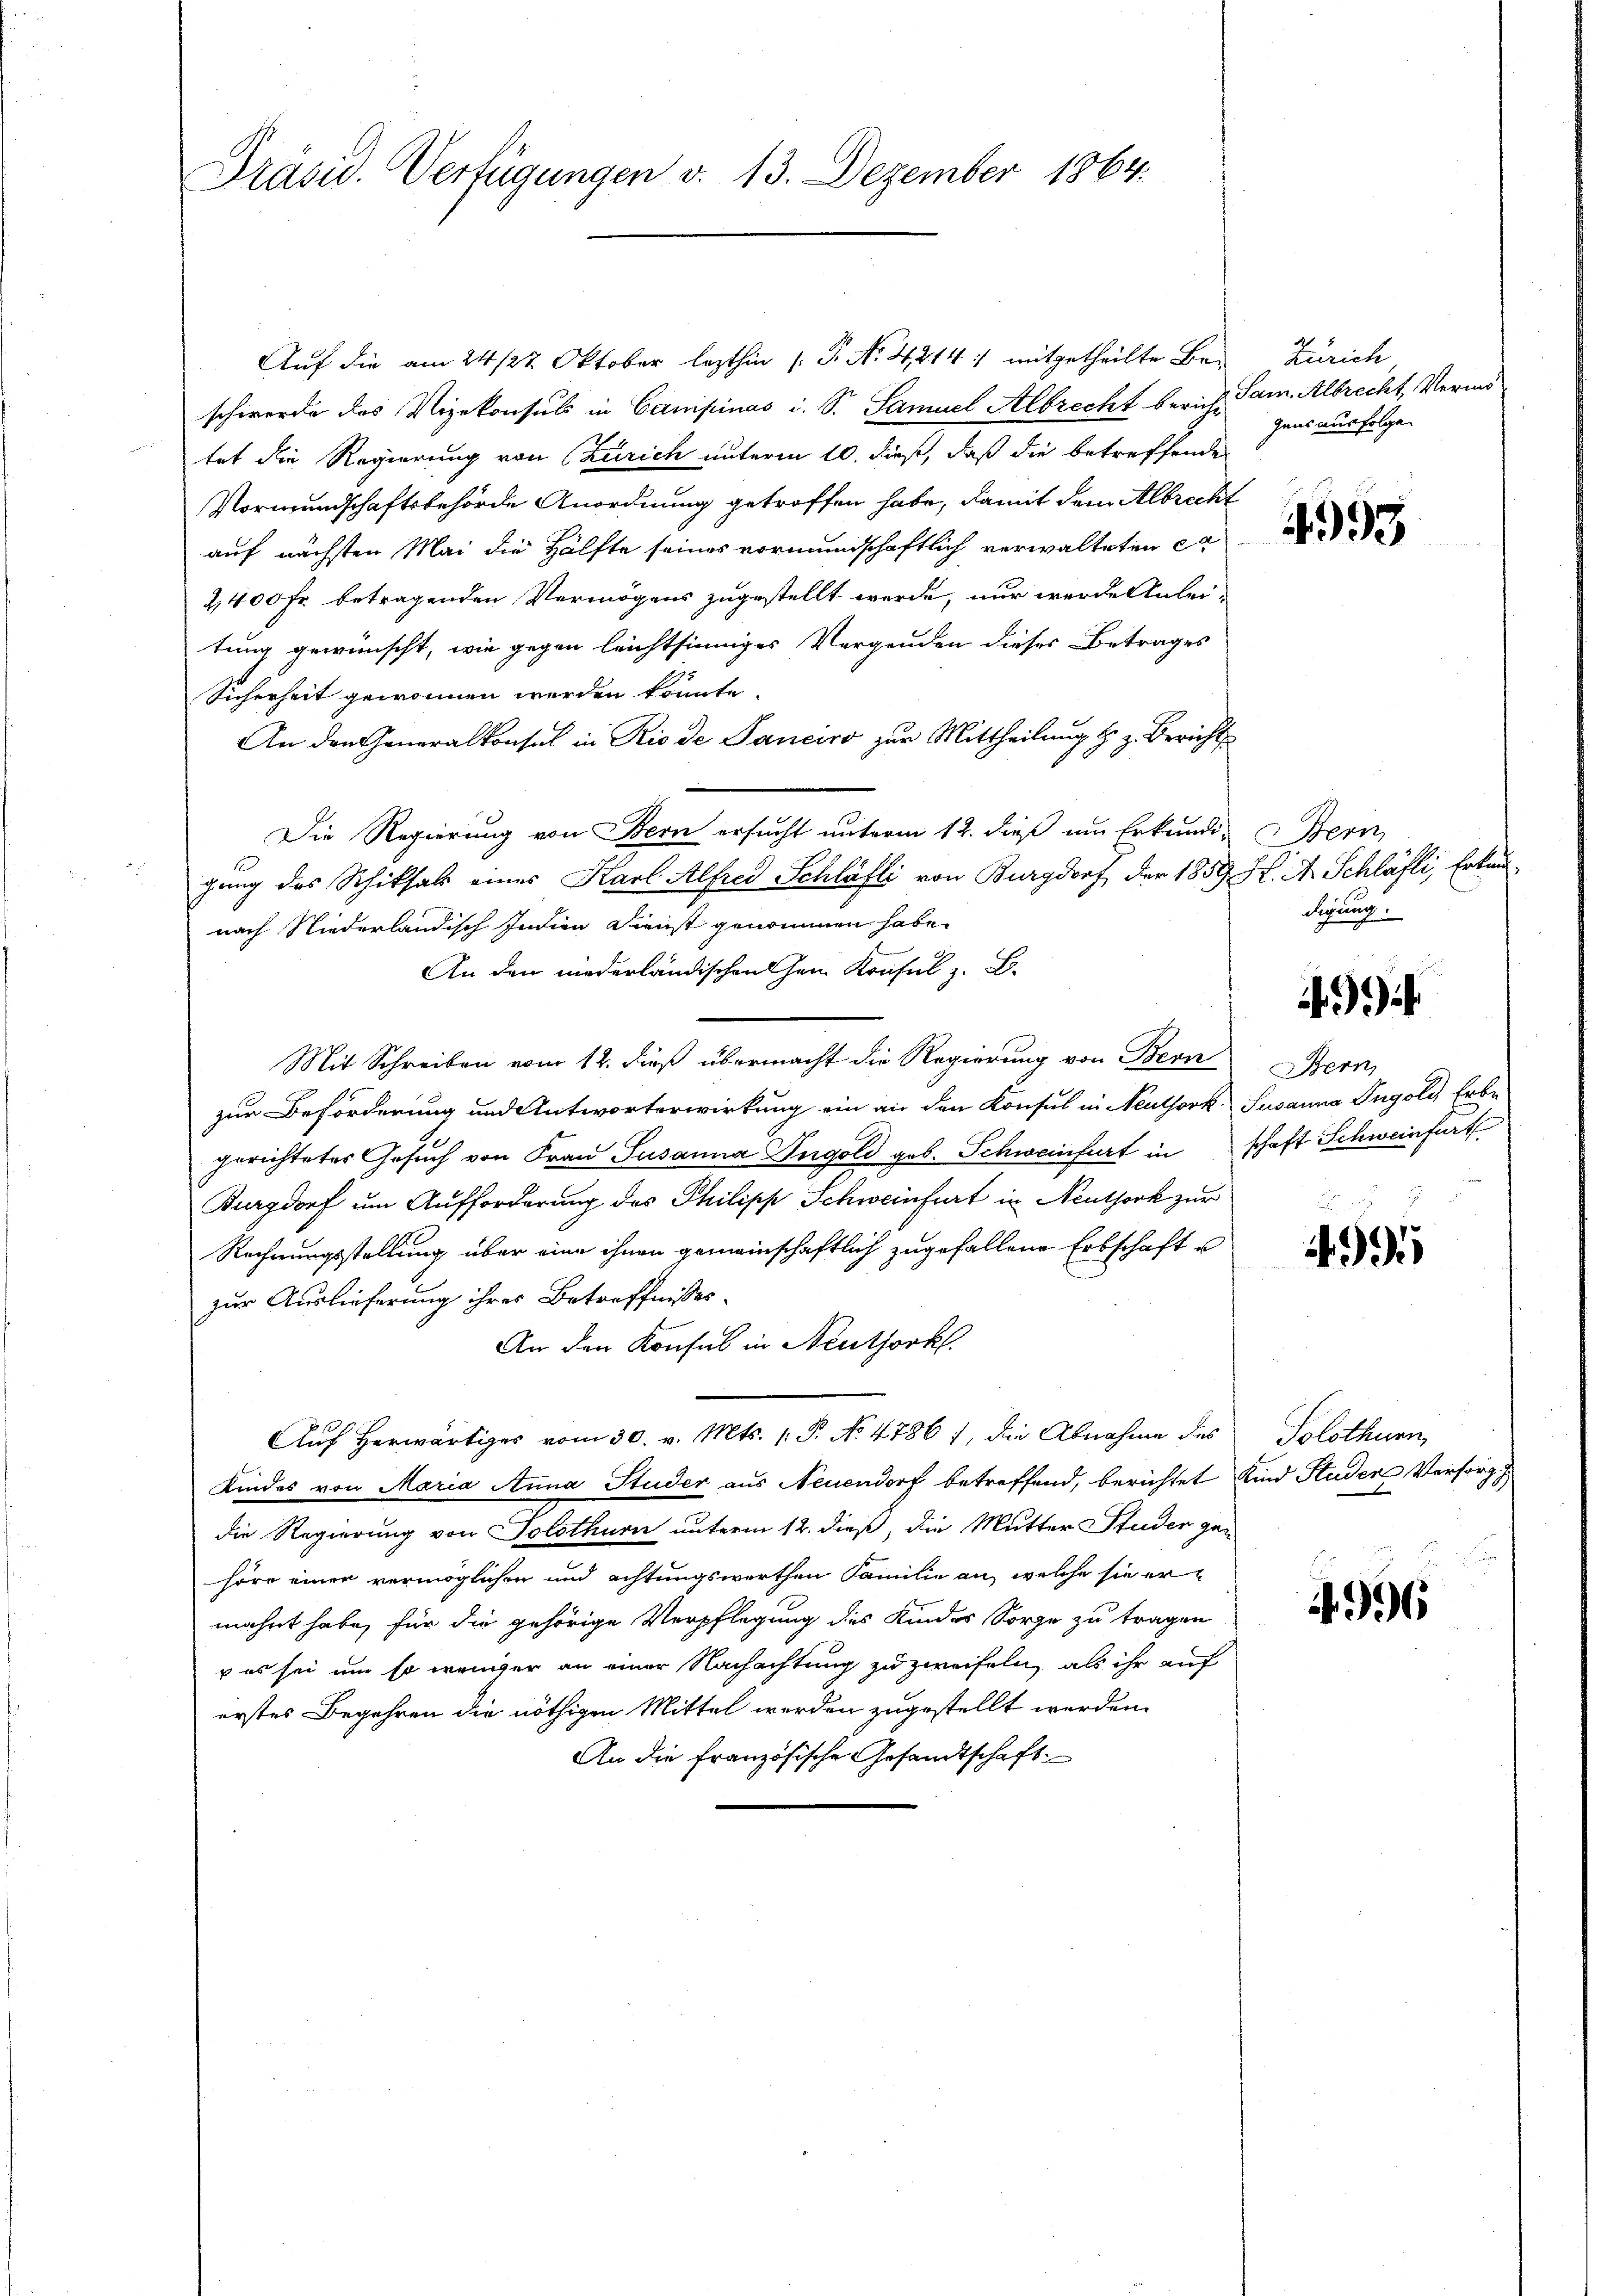
Präsid. Verfügungen v. 13. Dezember 1864.

Auf die am 24 /27. Oktober lezthin 1 Fr. No. 4214: mitgetheilte Bei Zürich
schwerde das Vizekonsuls in Campinas i. S. Samuel Albrecht berich Sam. Albrecht, Vermö
tat die Regierung von Zürich unterm 10. dieß, daß die betreffende
Vormundschaftsbehörde Anordnung getroffen habe, damit dem Albrecht
auf nächsten Mai die Hälfte seines vormundschaftlich verwalteten ex
2,400 Fr. betragenden Vermögens zugestellt werde, nur werde Anleitung gewünscht, wie gegen leichtsinniger Vergenden dieses Betrages
Sicherheit gewonnen werden könnte.
An den Generalkonsul in Rio de Janeiro zur Mittheilung l. z. Bericht
Die Regierung von Bern ersucht unterm 12. dieß um Erkundi-
gung des Schiksals eines Karl Alfred Schläfli von Burgdorf der 1859
nach Niederländisch Indien Dienst genommen habe.
An den niederländischen Chen Konsul z. B.
Mit Schreiben vom 12. dieß übermacht die Regierung von Bern
zur Beförderung und Antworterwirkung ein an den Konsul in Neuthork

gerichtetes Gesuch von Frau Susanna Ingold geb. Schweinfurt in schaft Schweinfurt
Burgdorf um Aufforderung des Philipp Schweinfurt in Neuthork zur
Rechnungsstellung über eine ihnen gemeinschaftlich zugefallene Erbschaft u
zur Auslieferung ihres Betreffnisses.
An den Konsul in Neuthork
Auf herwärtiges vom 30. v. Mts. 1. P. No. 4786), die Abnahme des
Kindes von Maria Anna Studer aus Neuendorf betreffend, berichtet Kind Studen Versorg
die Regierung von Solothurn unterm 12. dieß, die Mutter Studer gen
höre einer vermöglichen und achtungswerthen Familie an, welche sie er
mahnt habe, für die gehörige Verpflegung des Kinder Sorge zu tragen
 es sei um so weniger an einer Nachachtung zu zweifeln, als ihr auf
erstes Begehren die nöthigen Mittel werden zugestellt werden.
An die französische Gesandtschaft.

gens ausfolge.

4993

Bern
H. t. Schläft, Erlan
digung.

)

Stern,
Javanna Gugold Erbe

.
499

Solothurn,

996